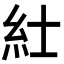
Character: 𥾘